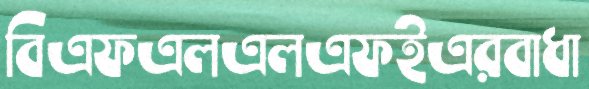
বিএফএলএলএফইএরবাধা